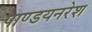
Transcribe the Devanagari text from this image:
पाण्डयनरेश